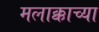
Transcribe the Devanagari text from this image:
मलाक्काच्या